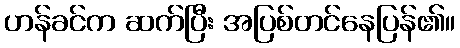
ဟန်ခင်က ဆက်ပြီး အပြစ်တင်နေပြန်၏။